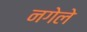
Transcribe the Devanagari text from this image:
नगेले